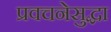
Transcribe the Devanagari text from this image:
प्रवचनेसुद्धा